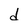
Character: d